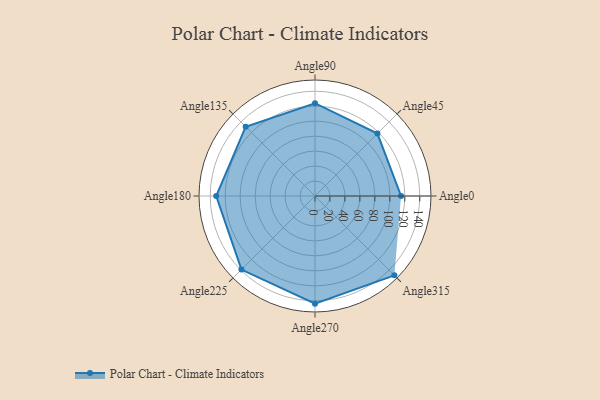
{"axis": {"x": "Angle", "y": "Radius"}, "legend": [""], "data": [{"x": "Angle0", "y": 115.0, "type": ""}, {"x": "Angle45", "y": 118.0, "type": ""}, {"x": "Angle90", "y": 124.0, "type": ""}, {"x": "Angle135", "y": 131.0, "type": ""}, {"x": "Angle180", "y": 132.0, "type": ""}, {"x": "Angle225", "y": 139.0, "type": ""}, {"x": "Angle270", "y": 144.0, "type": ""}, {"x": "Angle315", "y": 150.0, "type": ""}]}